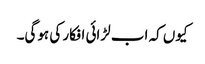
کیوں کہ اب لڑائی افکار کی ہوگی۔